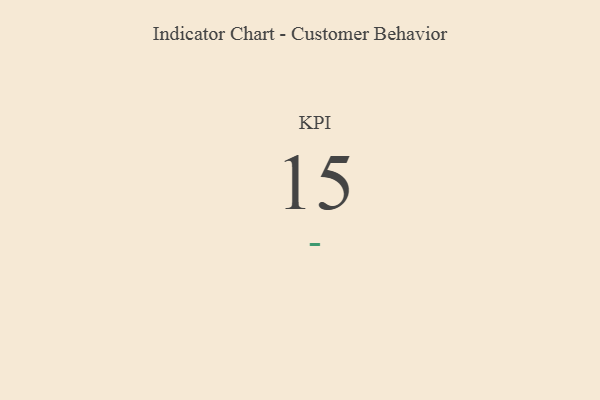
{"axis": {"x": "KPI", "y": "Value"}, "legend": [""], "data": [{"x": "KPI", "y": 15, "type": ""}]}